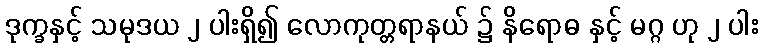
ဒုက္ခနှင့် သမုဒယ ၂ ပါးရှိ၍ လောကုတ္တရာနယ် ၌ နိရောဓ နှင့် မဂ္ဂ ဟု ၂ ပါး